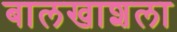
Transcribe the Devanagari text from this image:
बालखाशला